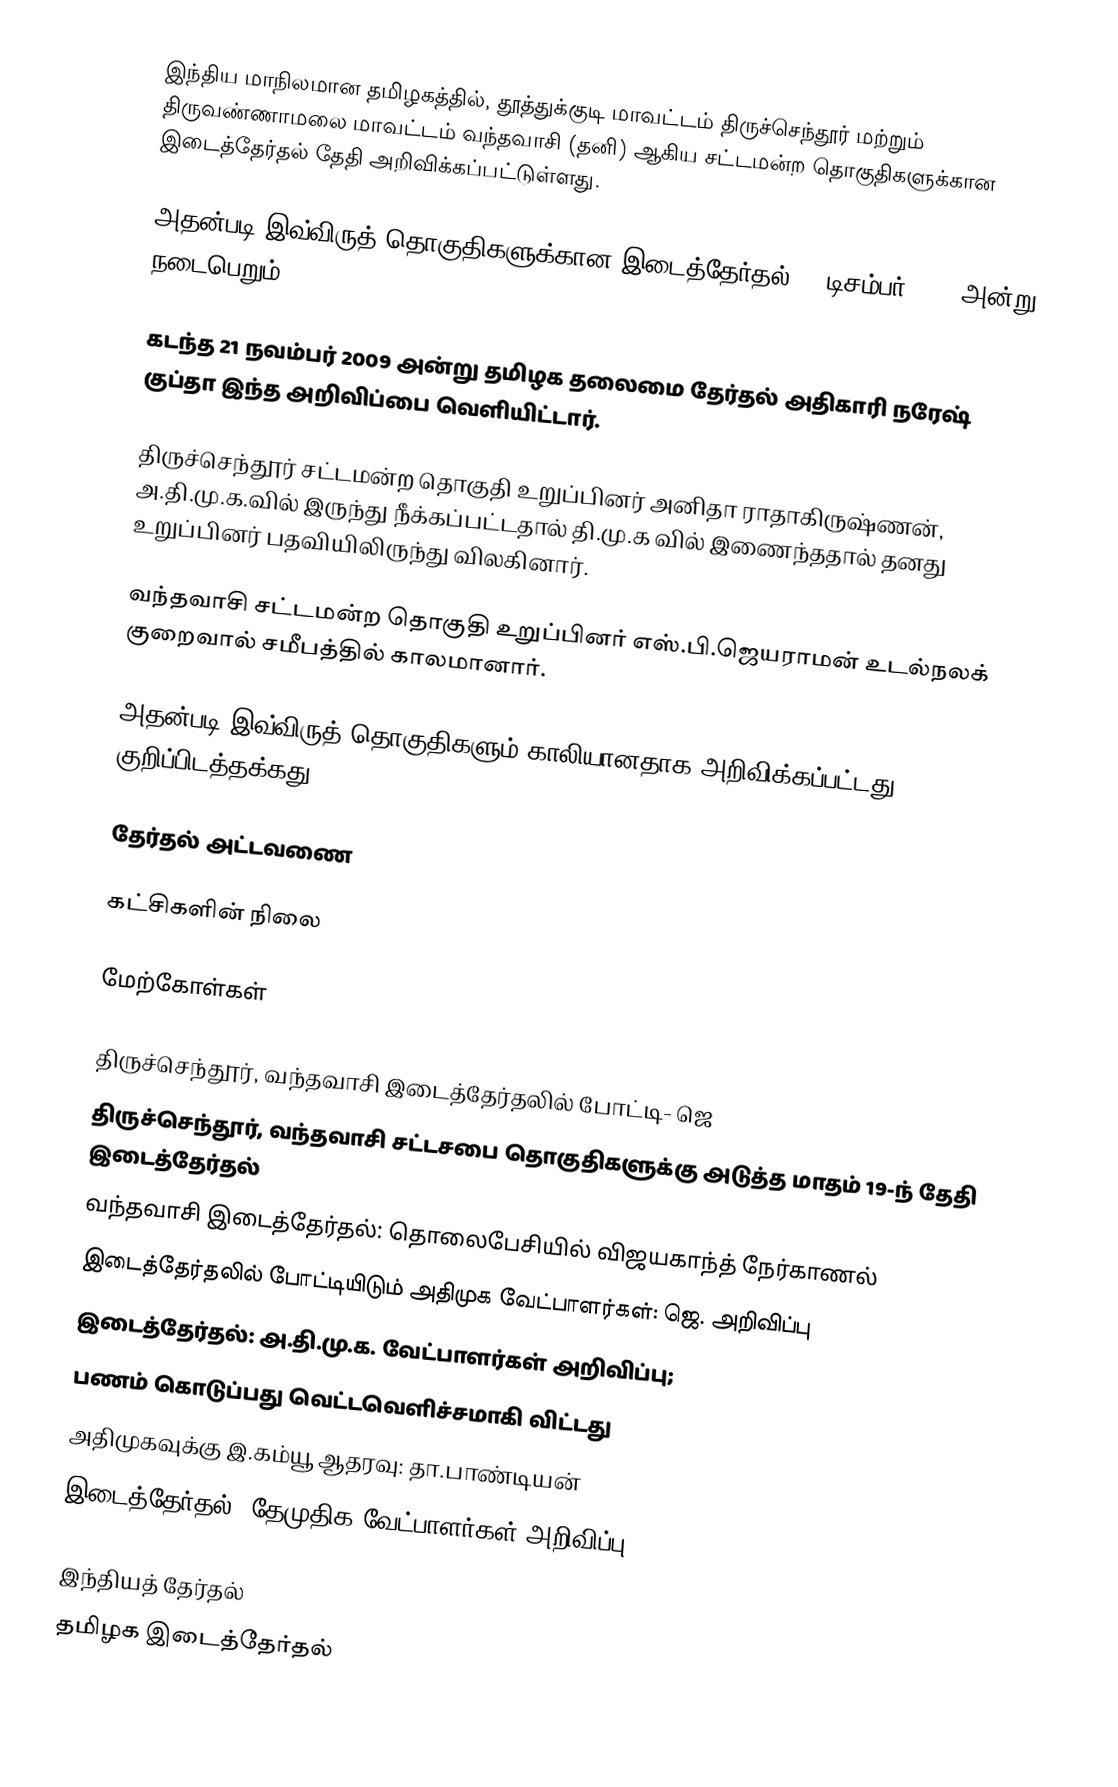
இந்திய மாநிலமான தமிழகத்தில், தூத்துக்குடி மாவட்டம் திருச்செந்தூர் மற்றும் திருவண்ணாமலை மாவட்டம் வந்தவாசி (தனி) ஆகிய சட்டமன்ற தொகுதிகளுக்கான இடைத்தேர்தல் தேதி அறிவிக்கப்பட்டுள்ளது.

அதன்படி இவ்விருத் தொகுதிகளுக்கான இடைத்தேர்தல் 19 டிசம்பர் 2009 அன்று  நடைபெறும்.

கடந்த 21 நவம்பர் 2009 அன்று தமிழக தலைமை தேர்தல் அதிகாரி நரேஷ் குப்தா இந்த அறிவிப்பை வெளியிட்டார்.

திருச்செந்தூர் சட்டமன்ற தொகுதி  உறுப்பினர் அனிதா ராதாகிருஷ்ணன், அ.தி.மு.க.வில் இருந்து நீக்கப்பட்டதால் தி.மு.க வில் இணைந்ததால் தனது உறுப்பினர் பதவியிலிருந்து விலகினார்.

வந்தவாசி சட்டமன்ற தொகுதி  உறுப்பினர் எஸ்.பி.ஜெயராமன் உடல்நலக் குறைவால் சமீபத்தில் காலமானார்.

அதன்படி இவ்விருத் தொகுதிகளும் காலியானதாக அறிவிக்கப்பட்டது குறிப்பிடத்தக்கது.

தேர்தல் அட்டவணை

கட்சிகளின் நிலை

மேற்கோள்கள்

 திருச்செந்தூர், வந்தவாசி இடைத்தேர்தலில் போட்டி- ஜெ
 திருச்செந்தூர், வந்தவாசி சட்டசபை தொகுதிகளுக்கு அடுத்த மாதம் 19-ந் தேதி இடைத்தேர்தல்
 வந்தவாசி இடைத்தேர்தல்: தொலைபேசியில் விஜயகாந்த் நேர்காணல்
 இடைத்தேர்தலில் போட்டியிடும் அதிமுக வேட்பாளர்கள்: ஜெ. அறிவிப்பு
 இடைத்தேர்தல்: அ.தி.மு.க. வேட்பாளர்கள் அறிவிப்பு;
 பணம் கொடுப்பது வெட்டவெளிச்சமாகி விட்டது
 அதிமுகவுக்கு இ.கம்யூ ஆதரவு: தா.பாண்டியன்
 இடைத்தேர்தல்: தேமுதிக வேட்பாளர்கள் அறிவிப்பு

 இந்தியத் தேர்தல்
 தமிழக இடைத்தேர்தல்